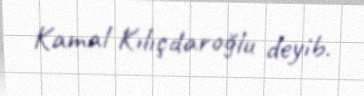
Kamal Kılıçdaroğlu deyib.